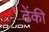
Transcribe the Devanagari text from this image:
ढेंकी